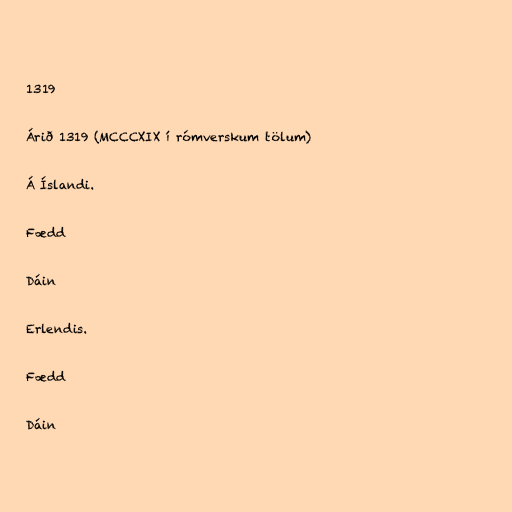
1319

Árið 1319 (MCCCXIX í rómverskum tölum)

Á Íslandi.

Fædd

Dáin

Erlendis.

Fædd

Dáin